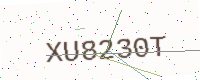
Text: XU8230T